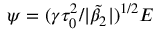
\psi = ( \gamma \tau _ { 0 } ^ { 2 } / | \tilde { \beta } _ { 2 } | ) ^ { 1 / 2 } E